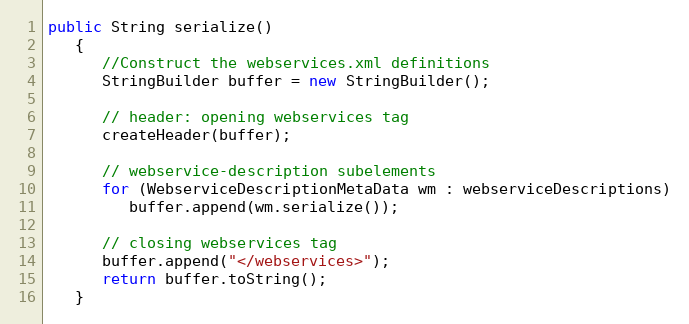
Language: Java
public String serialize()
   {
      //Construct the webservices.xml definitions
      StringBuilder buffer = new StringBuilder();

      // header: opening webservices tag
      createHeader(buffer);

      // webservice-description subelements
      for (WebserviceDescriptionMetaData wm : webserviceDescriptions)
         buffer.append(wm.serialize());

      // closing webservices tag
      buffer.append("</webservices>");
      return buffer.toString();
   }